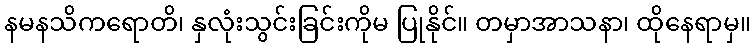
နမနသိကရောတိ၊ နှလုံးသွင်းခြင်းကိုမ ပြုနိုင်။ တမှာအာသနာ၊ ထိုနေရာမှ။